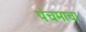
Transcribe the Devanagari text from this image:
पंचमाचा